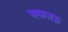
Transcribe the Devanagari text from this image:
अकतऊ